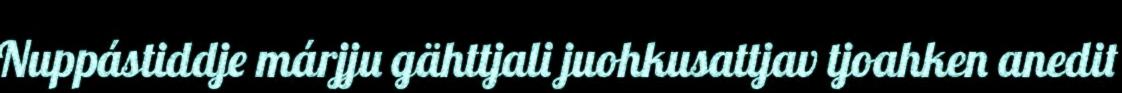
Nuppástiddje márjju gähttjali juohkusattjav tjoahken anedit